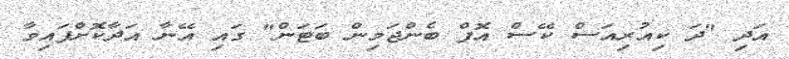
އަދި "ދަ ކިއުރިއަސް ކޭސް އޮފް ބެންޖަމިން ބަޓަން" ގައި އޭނާ އަދާކޮށްފައިވާ